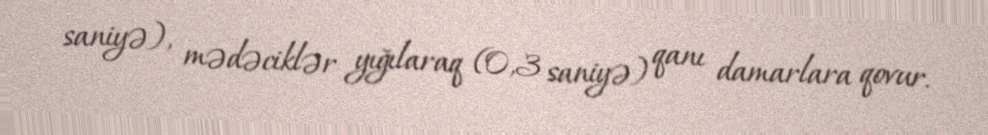
saniyə), mədəciklər yığılaraq (0,3 saniyə) qanı damarlara qovur.